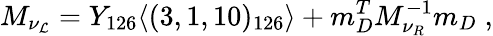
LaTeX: M_{\nu_{\mathcal{L}}}=Y_{126}\langle(3,1,10)_{126}\rangle+m_{D}^{T}M_{\nu_{R}}^{-1}m_{D}\; ,